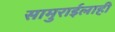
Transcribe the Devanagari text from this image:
सामुराईलाही